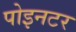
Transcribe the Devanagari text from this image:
पोइनटर